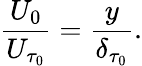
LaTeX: \frac{U_{0}}{U_{\tau_{0}}}=\frac{y}{\delta_{\tau_{0}}}.